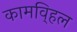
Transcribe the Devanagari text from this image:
कामवि्हल